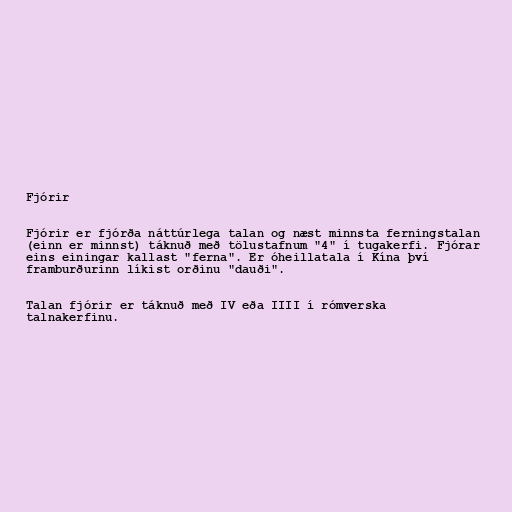
Fjórir

Fjórir er fjórða náttúrlega talan og næst minnsta ferningstalan
(einn er minnst) táknuð með tölustafnum "4" í tugakerfi. Fjórar
eins einingar kallast "ferna". Er óheillatala í Kína því
framburðurinn líkist orðinu "dauði".

Talan fjórir er táknuð með IV eða IIII í rómverska
talnakerfinu.